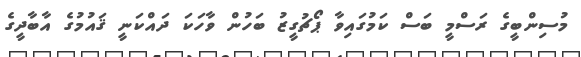
މުސިންބީގެ ރަސްމީ ބަސް ކަމުގައިވާ ޕޯޗުގީޒު ބަހުން ވާހަކަ ދައްކަނީ ޤައުމުގެ އާބާދީގެ